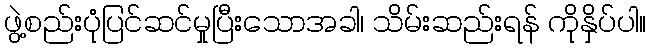
ဖွဲ့စည်းပုံပြင်ဆင်မှုပြီးသောအခါ၊ သိမ်းဆည်းရန် ကိုနှိပ်ပါ။